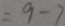
= 9 - 7